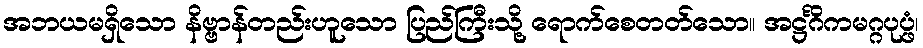
အဘယမရှိသော နိဗ္ဗာန်တည်းဟူသော ပြည်ကြီးသို့ ရောက်စေတတ်သော။ အဋ္ဌင်္ဂိကမဂ္ဂပုပ္ဖံ၊